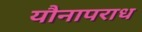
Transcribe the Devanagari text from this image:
यौनापराध